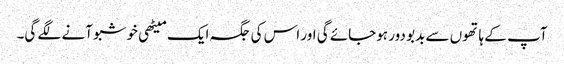
آپ کے ہاتھوں سے بدبو دور ہوجائے گی اور اس کی جگہ ایک میٹھی خوشبو آنے لگے گی۔